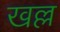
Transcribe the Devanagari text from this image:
खल्ल